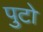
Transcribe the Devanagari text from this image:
पुटो